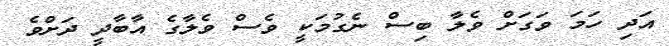
އަދި ހަމަ ވަގަށް ވެލާ ބިސް ނެގުމަކީ ވެސް ވެލާގެ އާބާދީ ދަށްވެ